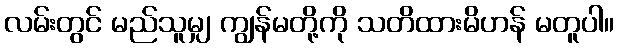
လမ်းတွင် မည်သူမျှ ကျွန်မတို့ကို သတိထားမိဟန် မတူပါ။